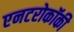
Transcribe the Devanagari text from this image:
एनटरोकॉकी